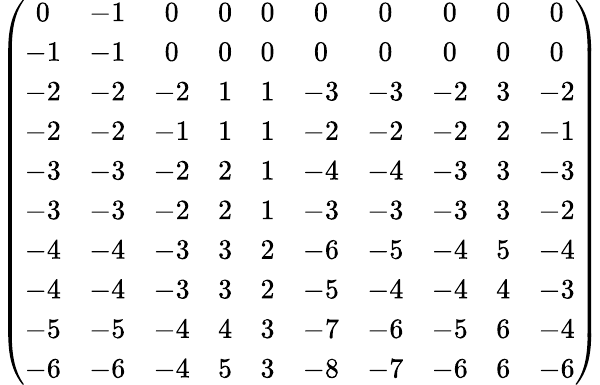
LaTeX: \left(\begin{array}{cccccccccc}{0}&{-1}&{0}&{0}&{0}&{0}&{0}&{0}&{0}&{0}\\ {-1}&{-1}&{0}&{0}&{0}&{0}&{0}&{0}&{0}&{0}\\ {-2}&{-2}&{-2}&{1}&{1}&{-3}&{-3}&{-2}&{3}&{-2}\\ {-2}&{-2}&{-1}&{1}&{1}&{-2}&{-2}&{-2}&{2}&{-1}\\ {-3}&{-3}&{-2}&{2}&{1}&{-4}&{-4}&{-3}&{3}&{-3}\\ {-3}&{-3}&{-2}&{2}&{1}&{-3}&{-3}&{-3}&{3}&{-2}\\ {-4}&{-4}&{-3}&{3}&{2}&{-6}&{-5}&{-4}&{5}&{-4}\\ {-4}&{-4}&{-3}&{3}&{2}&{-5}&{-4}&{-4}&{4}&{-3}\\ {-5}&{-5}&{-4}&{4}&{3}&{-7}&{-6}&{-5}&{6}&{-4}\\ {-6}&{-6}&{-4}&{5}&{3}&{-8}&{-7}&{-6}&{6}&{-6}\end{array}\right)